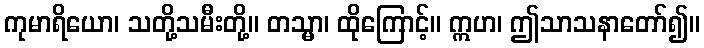
ကုမာရိယော၊ သတို့သမီးတို့။ တသ္မာ၊ ထိုကြောင့်။ ဣဟ၊ ဤသာသနာတော်၍။